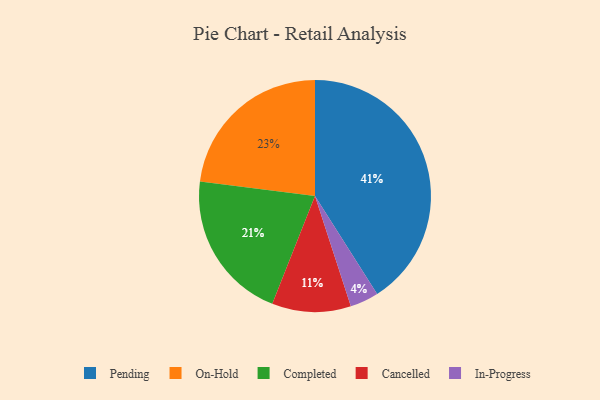
{"axis": {"x": "Category", "y": "Percentage"}, "legend": ["Cancelled", "Completed", "In-Progress", "On-Hold", "Pending"], "data": [{"x": "Completed", "y": 21, "type": "Completed"}, {"x": "In-Progress", "y": 4, "type": "In-Progress"}, {"x": "On-Hold", "y": 23, "type": "On-Hold"}, {"x": "Pending", "y": 41, "type": "Pending"}, {"x": "Cancelled", "y": 11, "type": "Cancelled"}]}